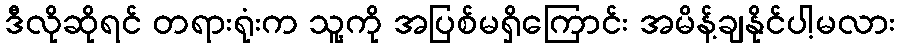
ဒီလိုဆိုရင် တရားရုံးက သူ့ကို အပြစ်မရှိကြောင်း အမိန့်ချနိုင်ပါ့မလား